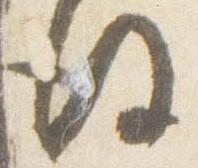
後